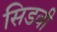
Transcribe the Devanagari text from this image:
सिडवी